Civil Veterinary Dept. Assam report 1927-50 - 1927-1950
Year: 1927
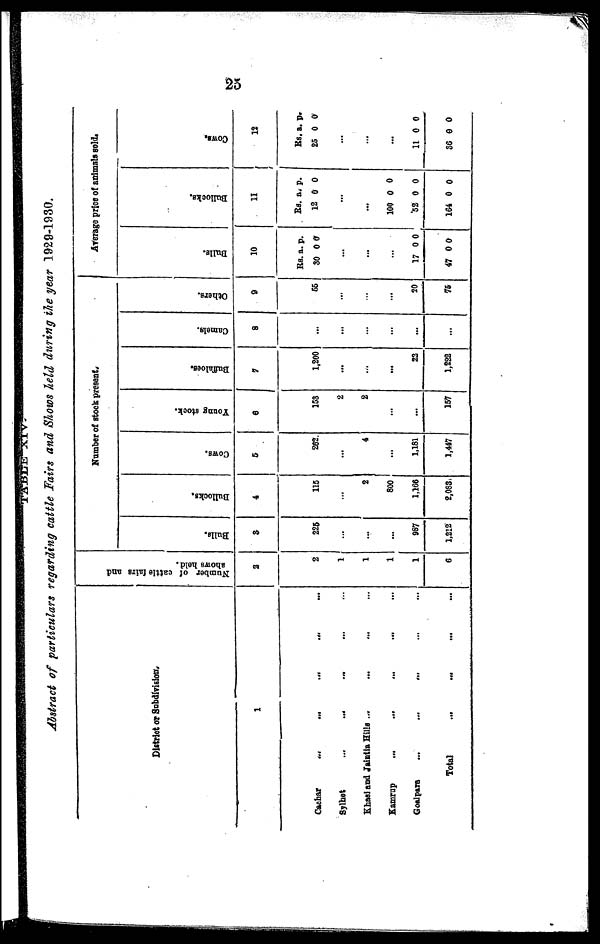
25
Abstract of particulars regarding cattle Fairs and Shows held during the year 1929-1930.
District or Subdivision.
1
Cachar
...
...
...
... ...
Sylhet
...
...
... ... ...
Khssi and Jaintia Hills ... ... ... ...
Kamrup
...
...
...
... ...
Goalpara
...
...
... ... ...
Total ... ... ... ...
Number of cattle fairs and
shows held.
2
2
1
1
1
1
6
Number of stock present.
Bulls.
3
225
...
...
...
867
1,212
Bullocks.
4
115
...
2
800
1,166
2,088
Cows.
5
262.
...
4
...
1,181
1,447
Young stock.
6
158
2
2
...
...
157
Buffaloes.
7
1,200
...
...
...
22
1,222
Camels.
8
...
...
...
...
...
...
Others.
9
65
...
...
...
50
75
Average price of animals sold.
Bulls.
10
Rs. a. p.
30 0 0
...
...
...
17 0 0
47 0 0
Bullocks.
11
Rs. a. p.
12 0 0
...
...
100 0 0
52 0 0
164 0 0
Cows.
12
Rs. a. p.
25 0 0
...
...
...
11 0 0
36 0 0